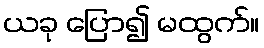
ယခု ပြော၍ မထွက်။